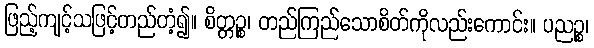
ဖြည့်ကျင့်သဖြင့်တည်တံ့၍။ စိတ္တဉ္စ၊ တည်ကြည်သောစိတ်ကိုလည်းကောင်း။ ပညဉ္စ၊